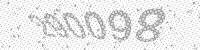
Solution: 290098